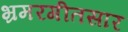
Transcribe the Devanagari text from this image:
भ्रमरगीतसार